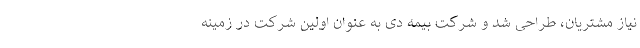
نیاز مشتريان، طراحی شد و شرکت بیمه دی به عنوان اولین شرکت در زمینه